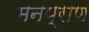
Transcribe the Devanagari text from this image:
मनप्राण